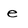
Character: e